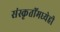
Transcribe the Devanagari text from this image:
संस्कृतींमध्येही